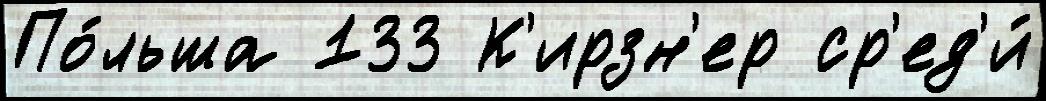
По́льша 133 К'ирзн'ер ср'ед'и́